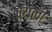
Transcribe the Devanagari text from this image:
पयली